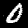
Digit: 0